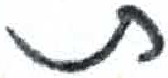
אות: ש